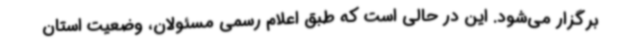
برگزار می‌شود. این در حالی است که طبق اعلام رسمی مسئولان، وضعیت استان